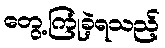
တွေ့ကြုံခဲ့ရသည့်